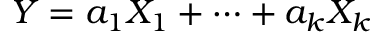
Y = a _ { 1 } X _ { 1 } + \cdots + a _ { k } X _ { k }